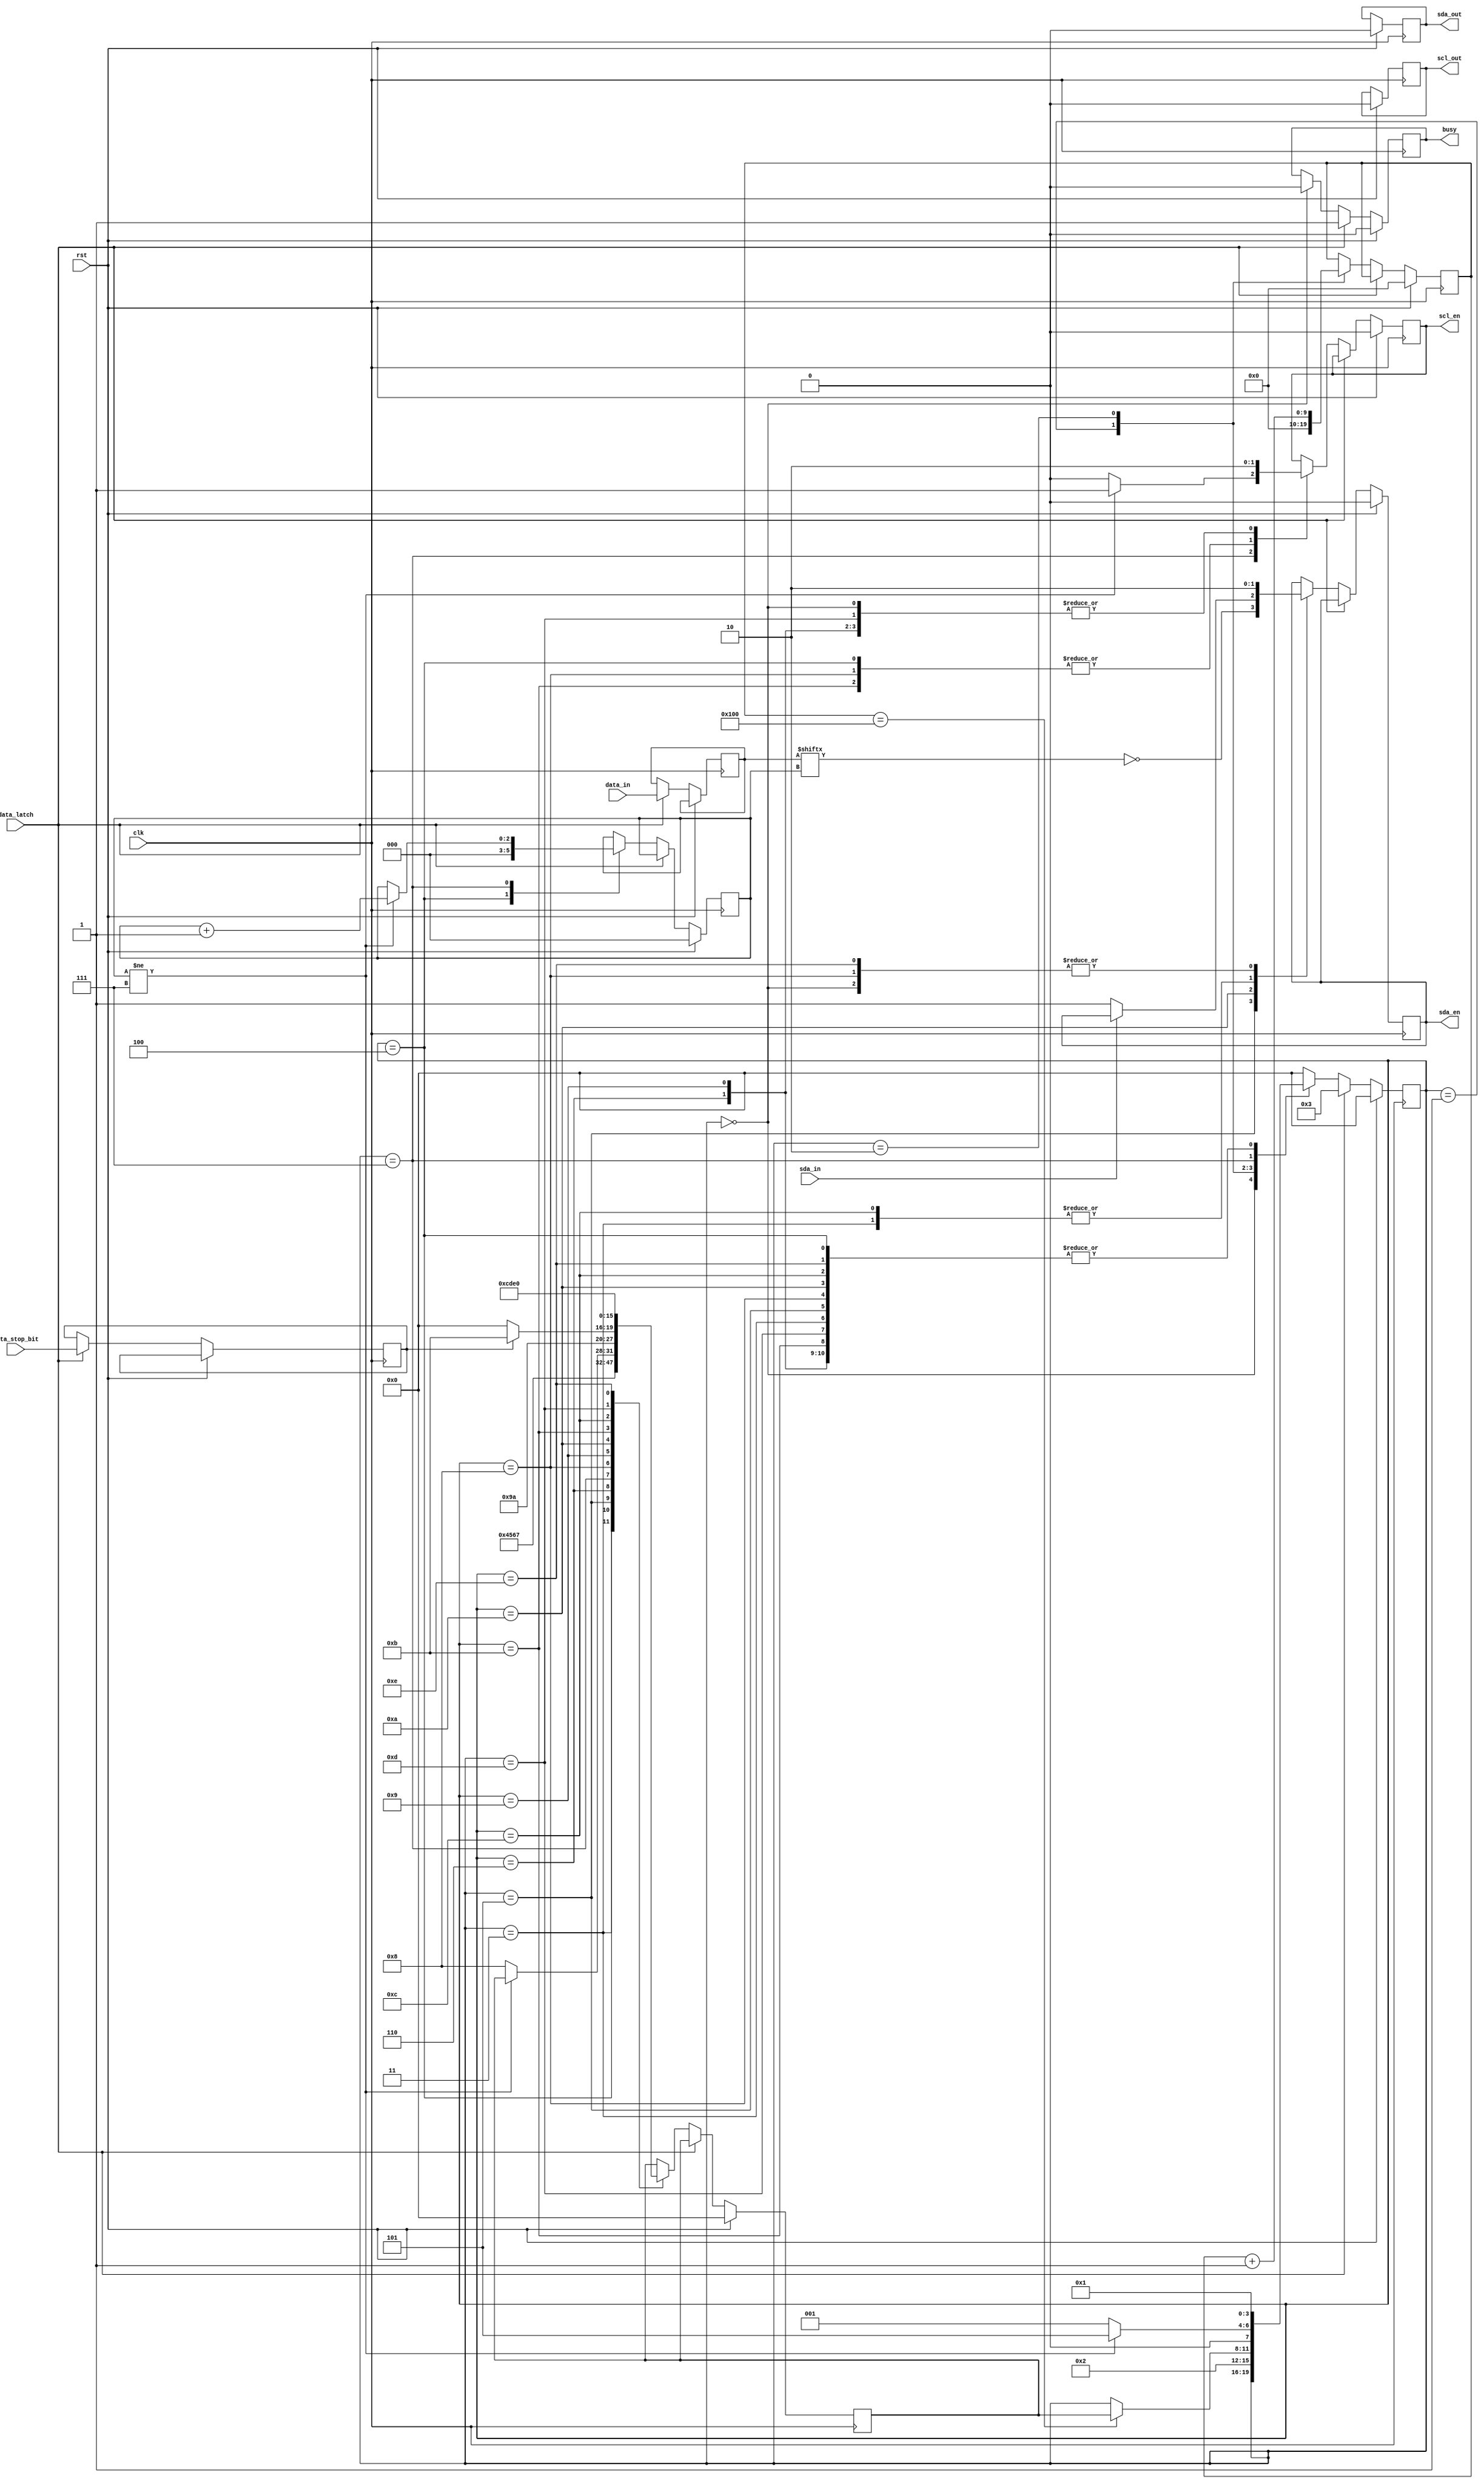
module tm1637(
    clk,
    rst,
    data_latch,
    data_in,
    data_stop_bit,
    busy,
    scl_en,
    scl_out,
    sda_en,
    sda_out,
    sda_in
    );

    input clk;
    input rst;
    input data_latch;
    input [7:0] data_in;
    input data_stop_bit;
    input sda_in;

    output reg busy;
    output reg scl_en;
    output reg scl_out;
    output reg sda_en;
    output reg sda_out;

    reg [7:0] write_byte;
    reg [2:0] write_bit_count;
    reg write_stop_bit;

    reg [3:0] cur_state;
    reg [3:0] next_state;

    reg [9:0] wait_count;
    localparam [9:0] wait_time = 256; // at 12MHz that's about 47uS

    localparam [3:0]
        S_IDLE      = 4'h0,
        S_WAIT      = 4'h1,
        S_WAIT1     = 4'h2,
        S_START     = 4'h3,
        S_WRITE     = 4'h4,
        S_WRITE1    = 4'h5,
        S_WRITE2    = 4'h6,
        S_WRITE3    = 4'h7,
        S_ACK       = 4'h8,
        S_ACK1      = 4'h9,
        S_ACK2      = 4'hA,
        S_STOP      = 4'hB,
        S_STOP1     = 4'hC,
        S_STOP2     = 4'hD,
        S_STOP3     = 4'hE;

    always @(posedge clk) begin
        if (rst) begin
            // out is set low so enable is used to pull lines low.
            // pull ups on pins will pull high.
            scl_out <= 0;
            sda_out <= 0;

            // output disabled, so lines pulled high
            scl_en <= 0;
            sda_en <= 0;

            // set up FSM
            cur_state <= S_IDLE;
            next_state <= S_IDLE;

            wait_count <= 0;
            write_bit_count <= 0;

            // reset busy flag
            busy <= 0;

        end else begin
            if (data_latch) begin
                // data has been latch
                write_byte <= data_in;
                write_stop_bit <= data_stop_bit;

                // let's rock!
                cur_state <= S_START;
                busy <= 1;

            end else begin
                case (cur_state)
                    S_IDLE: begin
                        // idle waiting for a latch
                        scl_en <= 0;
                        sda_en <= 0;
                        busy <= 0;
                    end

                    S_WAIT: begin
                        // setting up for a wait
                        wait_count <= 0;
                        cur_state <= S_WAIT1;
                    end

                    S_WAIT1: begin
                        // watching the counter till our wait is over
                        wait_count <= wait_count + 1;

                        if (wait_count == wait_time)
                            cur_state <= next_state;
                    end

                    S_START: begin
                        // send the start signal to the bus, then wait
                        sda_en <= 1;

                        cur_state <= S_WAIT;
                        next_state <= S_WRITE;
                    end

                    S_WRITE: begin
                        // tick the clock
                        scl_en <= 1;

                        // reset the bit counts
                        write_bit_count <= 0;

                        cur_state <= S_WAIT;
                        next_state <= S_WRITE1;
                    end

                    S_WRITE1:begin
                        // write a bit
                        // 1 to drive bus to low
                        // 0 to HiZ the bus and let pull up do the work
                        sda_en <= ~write_byte[write_bit_count];

                        cur_state <= S_WAIT;
                        next_state <= S_WRITE2;
                    end

                    S_WRITE2: begin
                        // tock the clock
                        scl_en <= 0;

                        cur_state <= S_WAIT;
                        next_state <= S_WRITE3;
                    end

                    S_WRITE3: begin
                        if (write_bit_count != 7) begin
                            // advance the bit counter
                            write_bit_count <= write_bit_count + 1;

                            // tick the clock for the next bit
                            scl_en <= 1;
                            cur_state <= S_WRITE1;

                        end else begin
                            // all bits sent, tock the clock
                            scl_en <= 0;

                            cur_state <= S_WAIT;
                            next_state <= S_ACK;
                        end
                    end

                    S_ACK: begin
                        // check the display acknowledged
                        scl_en <= 1;
                        sda_en <= 0;

                        cur_state <= S_WAIT;
                        next_state <= S_ACK1;
                    end

                    S_ACK1: begin
                        // tock the clock
                        scl_en <= 0;

                        cur_state <= S_WAIT;
                        next_state <= S_ACK2;
                    end

                    S_ACK2: begin
                        // listen for the ack and ack back
                        if (sda_in == 0)
                            sda_en <= 1;

                        cur_state <= S_WAIT;
                        next_state <= write_stop_bit ? S_STOP : S_IDLE;
                    end

                    S_STOP: begin
                        // send stop signal
                        scl_en <= 1;

                        cur_state <= S_WAIT;
                        next_state <= S_STOP1;
                    end

                    S_STOP1: begin
                        sda_en <= 1;

                        cur_state <= S_WAIT;
                        next_state <= S_STOP2;
                    end

                    S_STOP2: begin
                        scl_en <= 0;

                        cur_state <= S_WAIT;
                        next_state <= S_STOP3;
                    end

                    S_STOP3: begin
                        sda_en <= 0;

                        cur_state <= S_WAIT;
                        next_state <= S_IDLE;
                    end

                    default: begin
                        cur_state <= S_IDLE;
                    end
                endcase
            end
        end
    end
endmodule